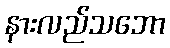
နားလည်သဘော